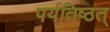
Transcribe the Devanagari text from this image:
पर्यतिष्ठत्